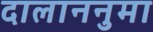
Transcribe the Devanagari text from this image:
दालाननुमा